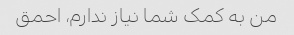
من به کمک شما نیاز ندارم، احمق